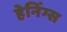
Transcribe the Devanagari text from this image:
हेनिंग्स